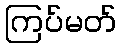
ကြပ်မတ်